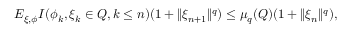
\begin{array} { r } { E _ { \xi , \phi } { I ( \phi _ { k } , \xi _ { k } \in Q , k \le n ) ( 1 + \| \xi _ { n + 1 } \| ^ { q } ) } \le \mu _ { q } ( Q ) ( 1 + \| \xi _ { n } \| ^ { q } ) , } \end{array}